Burma Government Medical School reports 1907-22
Year: 1907
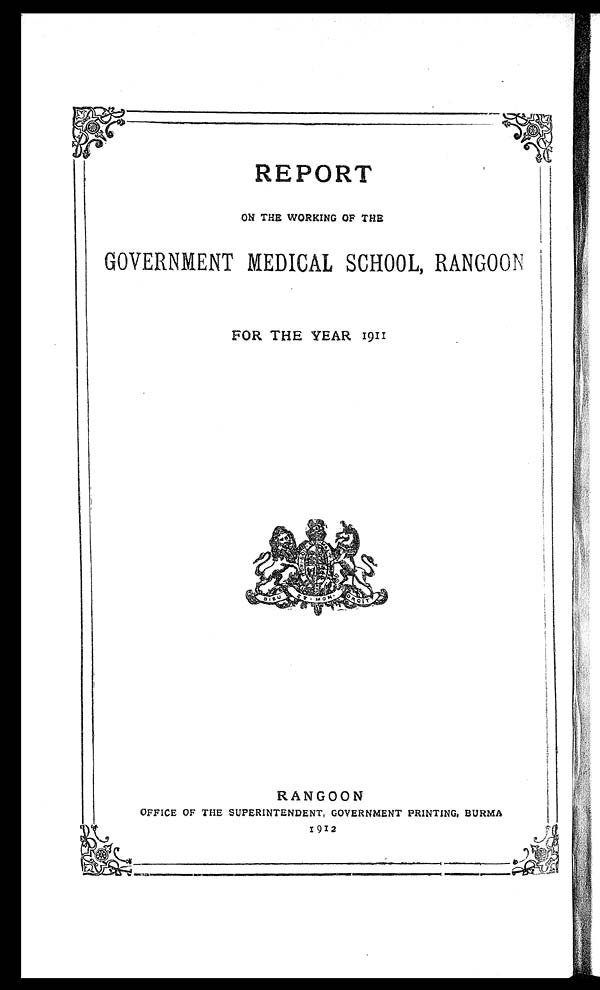
REPORT
ON THE WORKING OF THE
GOVERNMENT MEDICAL SCHOOL, RANGOON
FOR THE YEAR 1911
RANGOON
OFFICE OF THE SUPERINTENDENT, GOVERNMENT PRINTING, BURMA
1912